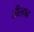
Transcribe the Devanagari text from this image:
तील्हाढ